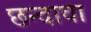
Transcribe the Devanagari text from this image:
छन्दावा